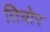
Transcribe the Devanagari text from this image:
तिबोर